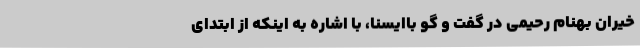
خیران بهنام رحیمی در گفت و گو باایسنا، با اشاره به اینکه از ابتدای